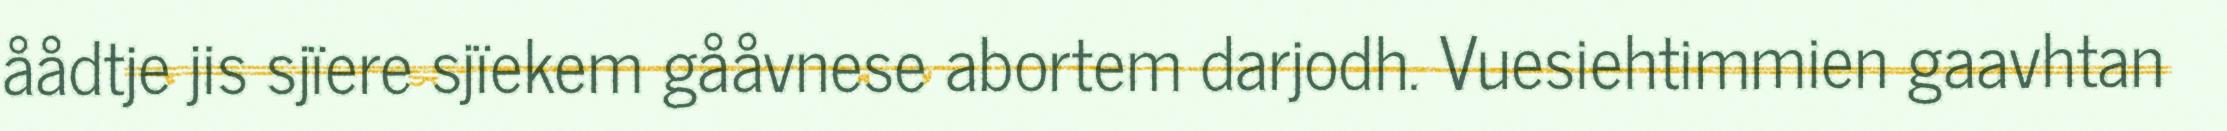
åådtje jis sjïere sjïekem gååvnese abortem darjodh. Vuesiehtimmien gaavhtan